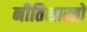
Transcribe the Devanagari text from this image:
नीतिशास्त्रों